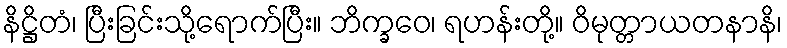
နိဋ္ဌိတံ၊ ပြီးခြင်းသို့ရောက်ပြီး။ ဘိက္ခဝေ၊ ရဟန်းတို့။ ဝိမုတ္တာယတနာနိ၊